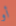
أو